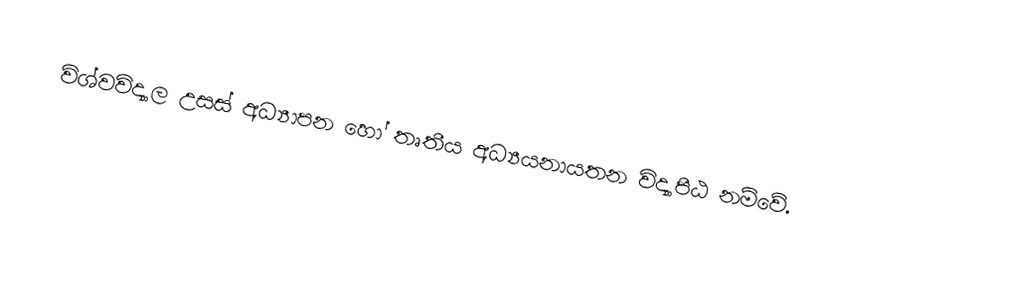
විශ්වවිද්‍යාල උසස් අධ්‍යාපන හෝ තෘතීය අධ්‍යයනායතන විද්‍යාපීඨ නම්වේ.